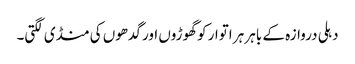
دہلی دروازہ کے باہر ہر اتوار کو گھوڑوں اور گدھوں کی منڈی لگتی۔